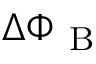
\Delta \Phi _ { \mathrm { ~ B ~ } }